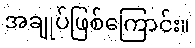
အချုပ်ဖြစ်ကြောင်း။